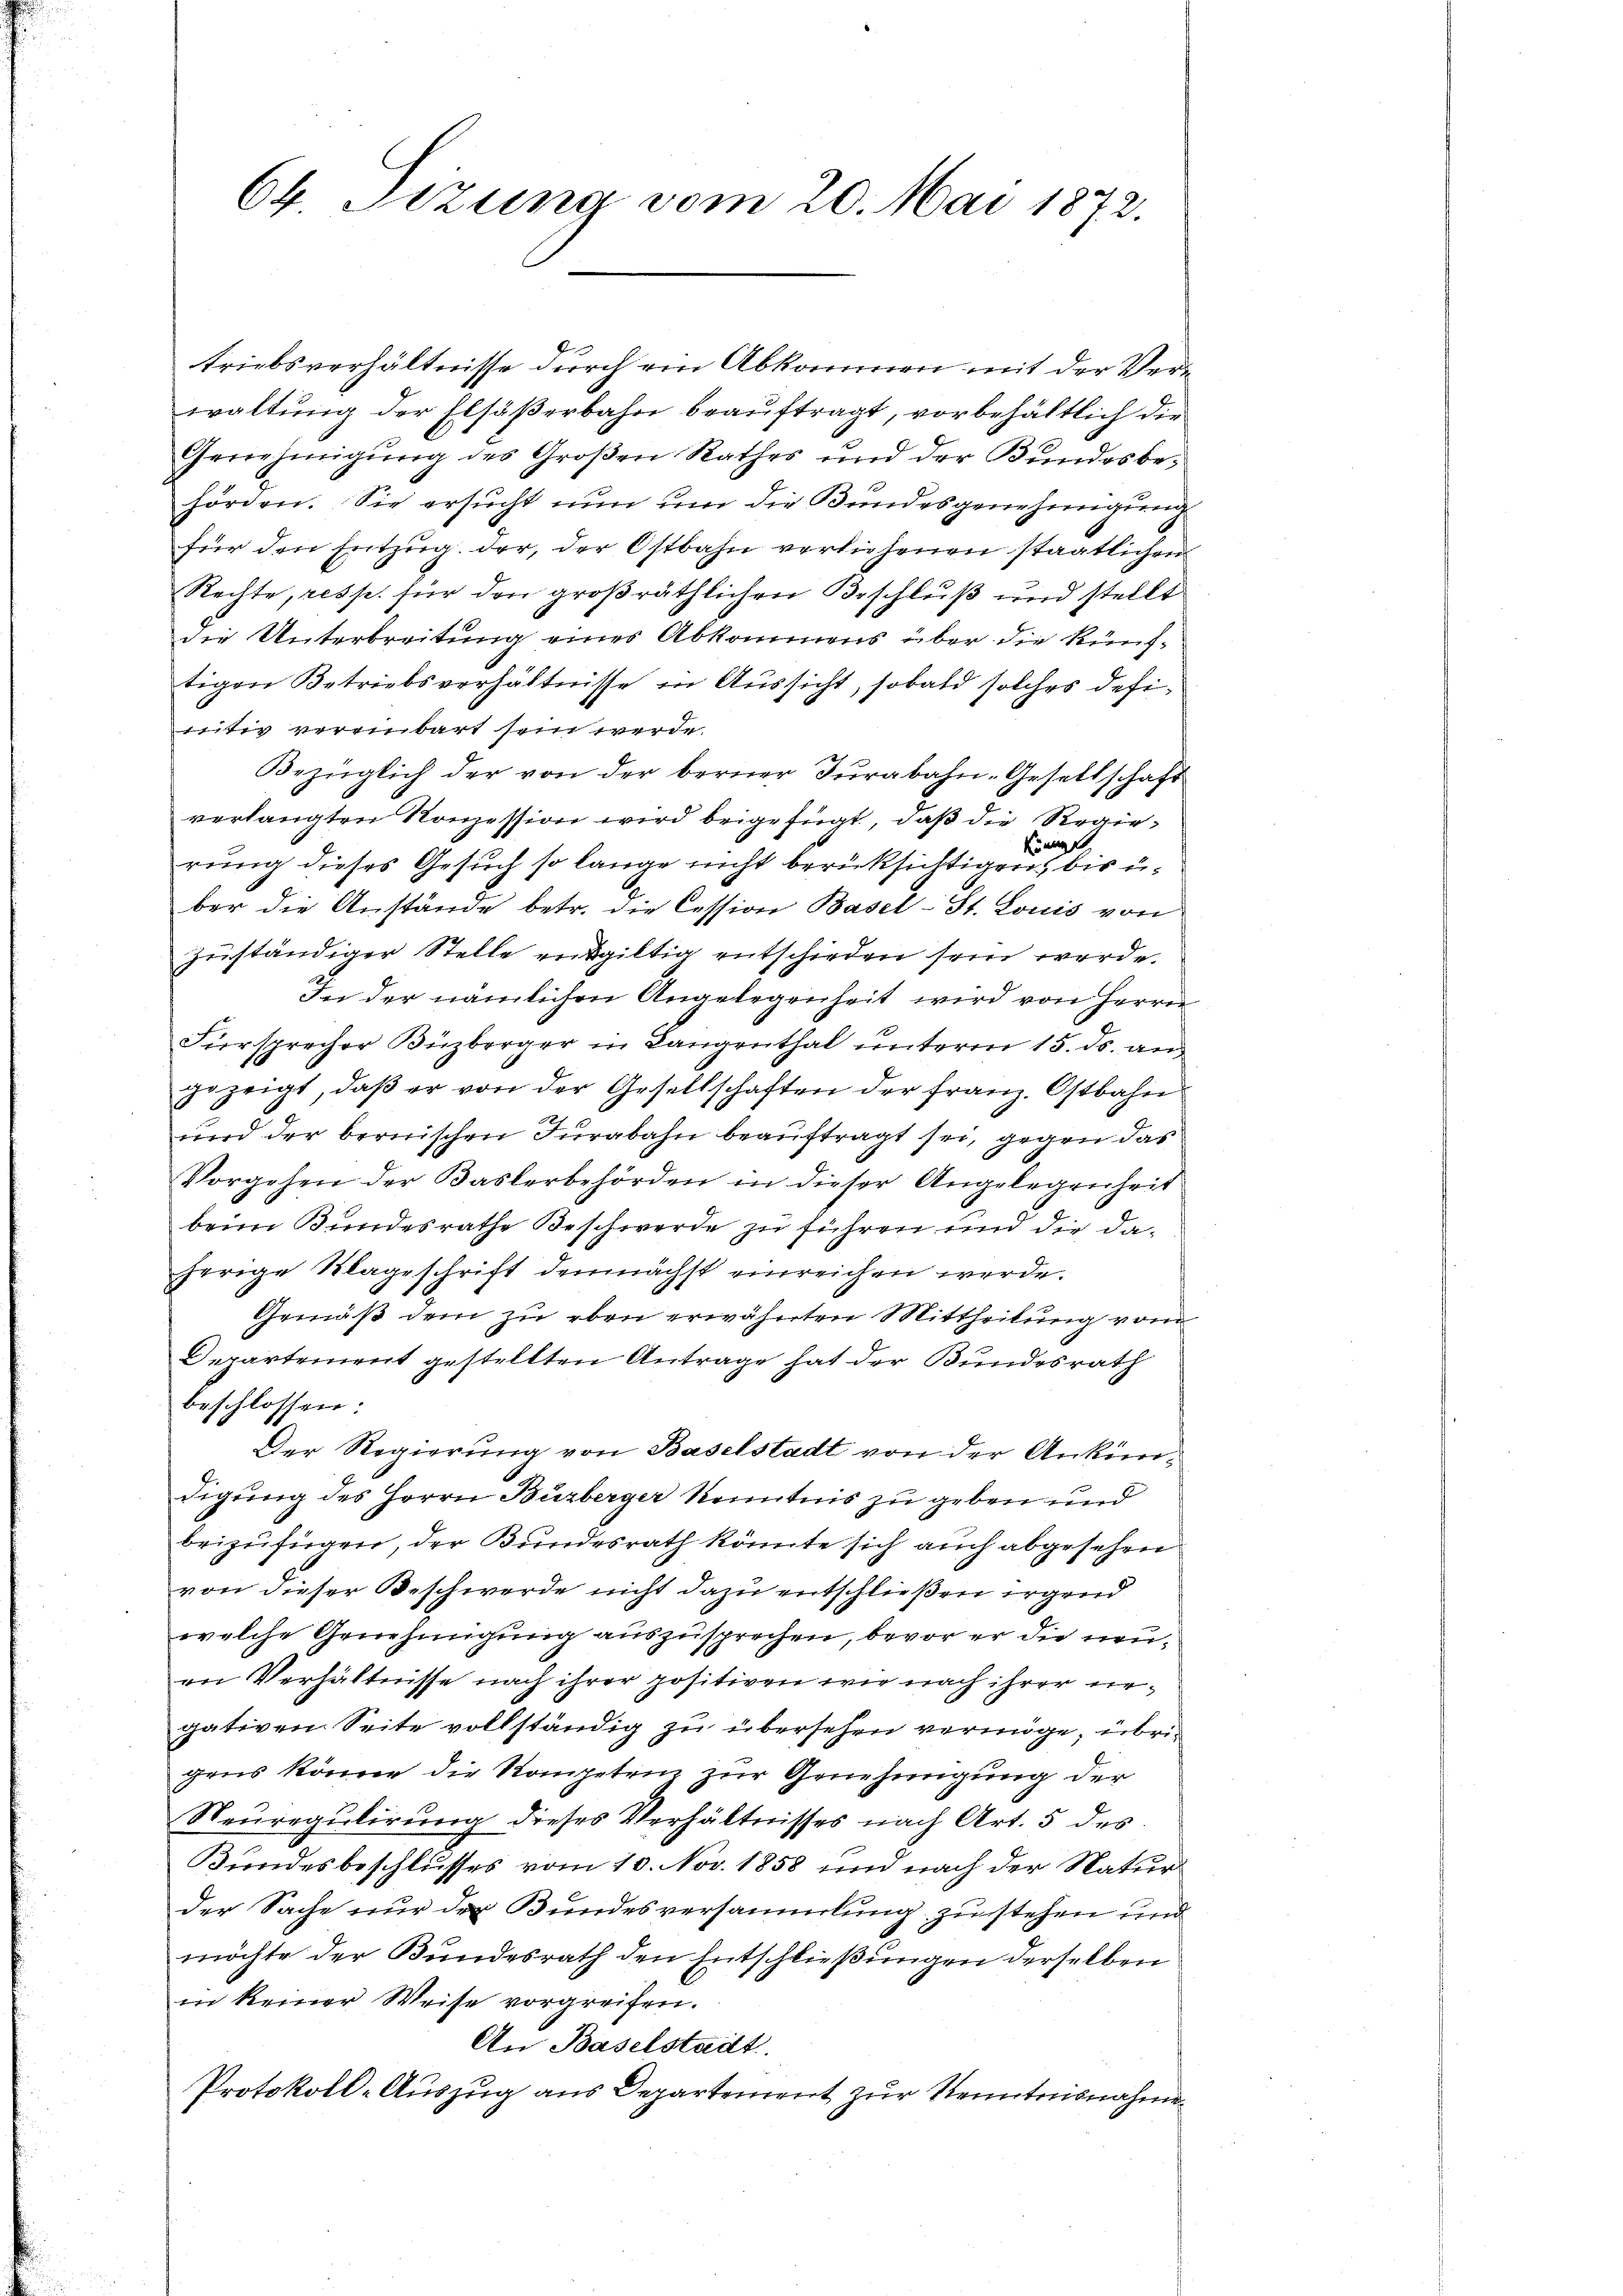
64 Sizung vom 20. Mai 1872.

triebsverhältnisse durch ein Abkommen mit der Verwaltung der Elsaßerbahn beauftragt, vorbehältlich die
Genehmigung des Großen Rathes und der Bundesbe-
hörden. Sie ersucht nun um die Bundesgenehmigung
für den Entzug der, der Ostbahn verliehenen staatlichen
Nachte, resp. für den großräthlichen Beschluß und stellt
die Unterbreitung eines Abkommens über die künftigen Betriebsverhältnisse in Aussicht, sobald solches definitiv vereinbart sein werde.
Bezüglich der von der berner Turabahn-Gesellschaft
verlangten Konzession wird beigefügt, daß die Regieaf,
.
rung dieses Gesuch so lange nicht berücksichtigen, bis über die Anstände betr. die Cession Basel-St. Louis von
zuständiger Stelle entgiltig entschieden sein werde.
In der nämlichen Angelegenheit wird von Herrn
Fürsprecher Buzberger in Langenthal unterm 15. ds. an
gezeigt, daß er von der Gesellschaften der Franz. Ostbahn
und der bernischen Jurabahn beauftragt sei, gegen das
Vorgehen der Baslerbehörden in dieser Angelegenheit
beim Bundesrathe Beschwerde zu führen und die daherige Klageschrift demnächst einreichen werde.
Gemäß dem zu eben erwähnten Mittheilung vom
Departement gestellten Antrage hat der Bundesrath
beschlossen:
Der Regierung von Baselstadt von der Ankündigung des Herrn Büzberger Kenntnis zu geben und
beizufügen, der Bundesrath könnte sich auch abgesehen
von dieser Beschwerde nicht dazu entschließen irgend
wolche Genehmigung auszusprechen, bevor er die neuan Verhältnisse nach ihrer positiven wie nach ihrer negativen Seite vollständig zu übersehen vermöge, übrigens könne die Kompetenz zur Genehmigung der
Neuregulirung dieses Verhältnisses nach Art. 5 des
Bundesbeschlusses vom 10. Nov. 1858 und nach der Natur
der Sache nur der Bundesversammlung zu stehen und
möchte der Bundesrath den Entschließungen derselben
in keiner Weise vorgreifen.
An Baselstadt
Protokoll-Auszug aus Departement zur Kenntnisnahme